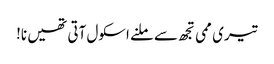
تیری ممی تجھ سے ملنے اسکول آتی تھیں نا!